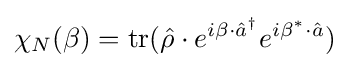
\chi _{N}(\beta )=\operatorname {tr} ({\hat {\rho }}\cdot e^{i\beta \cdot {\hat {a}}^{\dagger }}e^{i\beta ^{*}\cdot {\hat {a}}})